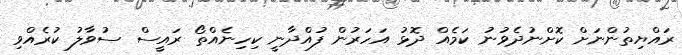
ރައްޔިތުންނަށް ކޮށްނުދެވުނު ކަމެއް ދޮޅު އަހަރުން ފުއްދާނީ ކިހިނެއްތޯ ރައީސް ސުވާލު ކުރެއްވި